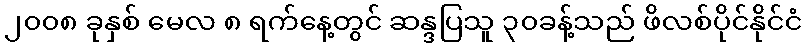
၂၀၀၈ ခုနှစ် မေလ ၈ ရက်နေ့တွင် ဆန္ဒပြသူ ၃၀ခန့်သည် ဖိလစ်ပိုင်နိုင်ငံ